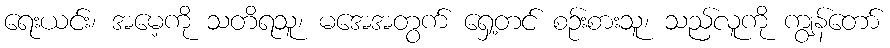
ရေးယင်း၊ အမေ့ကို သတိရသူ၊ မအေအတွက် ရှေ့တင် စဉ်းစားသူ၊ သည်လူကို ကျွန်တော်